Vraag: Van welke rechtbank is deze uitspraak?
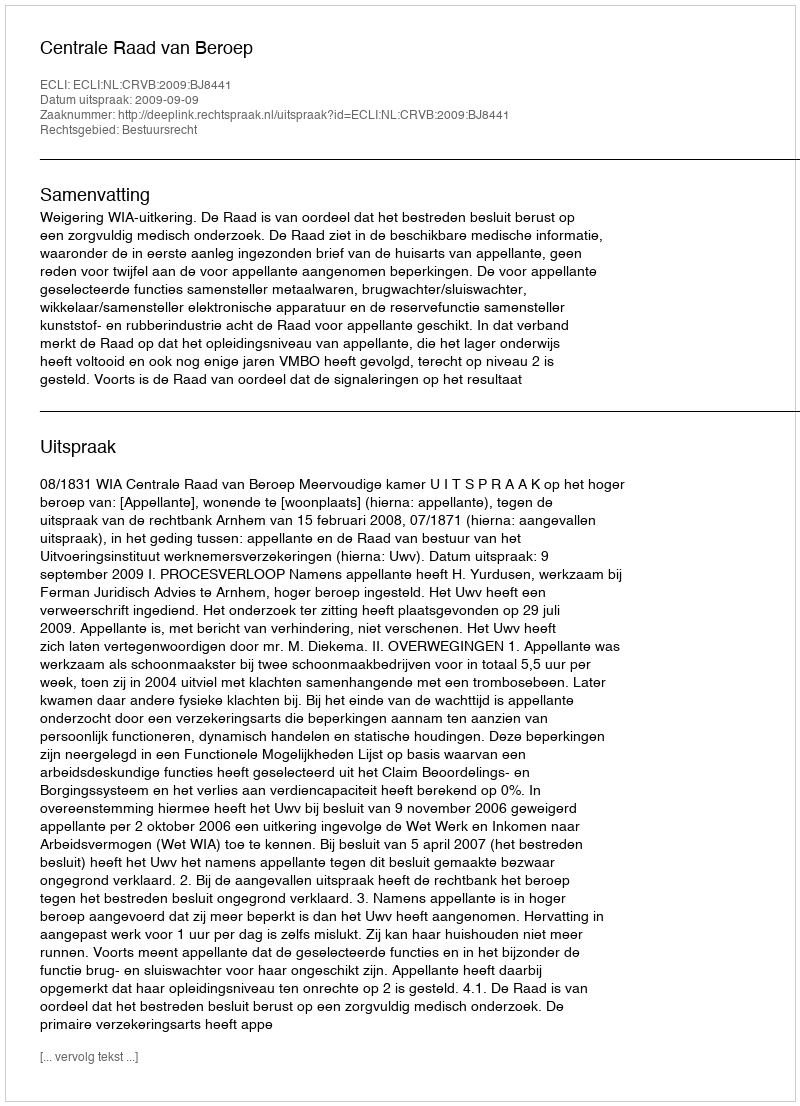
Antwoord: Centrale Raad van Beroep